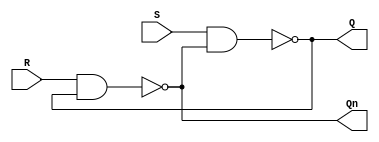
module SR_latch_nand
(
	S,
	R,
	Q,
	Qn,
);

	input S, R;
	output Q, Qn;

	nand nand_0(Q, S, Qn);
	nand nand_1(Qn, R, Q);

endmodule